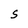
Character: S